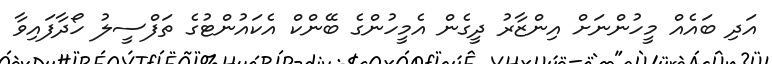
އަދި ބައެއް މީހުންނަށް އިންޒާރު ދީގެން އެމީހުންގެ ބޭންކް އެކައުންޓުގެ ތަފްސީލު ހޯދާފައިވާ